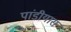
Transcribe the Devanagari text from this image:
पांडीयास